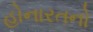
હોનારતનો